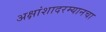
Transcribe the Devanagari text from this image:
अक्षांशादरम्यानचा